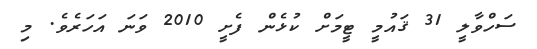
ސަހްވާލީ 31 ޤައުމީ ޓީމަށް ކުޅެން ފެށީ 2010 ވަނަ އަހަރެވެ. މި